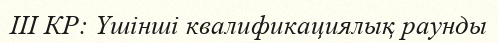
ІІІ КР: Үшінші квалификациялық раунды